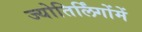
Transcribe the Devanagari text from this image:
ज्योतिर्लिंगोंमें